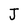
Character: J